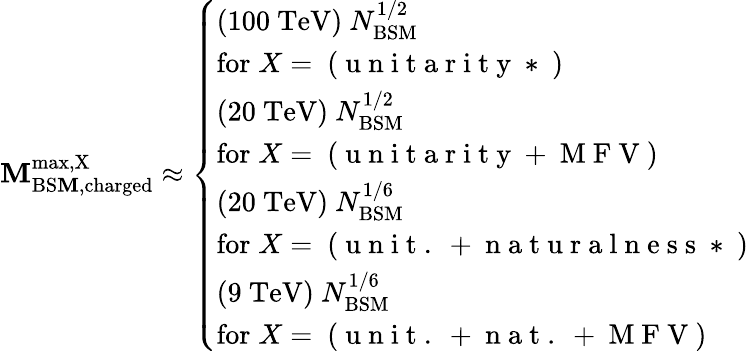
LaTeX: \mathbf{M}_{\mathrm{{BS\mathbf{M},charged}}}^{\mathrm{{max,X}}}\approx\left\{ \begin{array}{l}{(100~{\textrm{TeV}})\ N_{\mathrm{BSM}}^{1/2}}\\ {\mathrm{for\; }X=\mathrm{~(~u~n~i~t~a~r~i~t~y~*~)~}}\\ {(20~{\textrm{TeV}})\ N_{\mathrm{BSM}}^{1/2}}\\ {\mathrm{for\; }X=\mathrm{~(~u~n~i~t~a~r~i~t~y~+~M~F~V~)~}}\\ {(20~{\textrm{TeV}})\ N_{\mathrm{BSM}}^{1/6}}\\ {\mathrm{for\; }X=\mathrm{~(~u~n~i~t~.~+~n~a~t~u~r~a~l~n~e~s~s~*~)~}}\\ {(9~{\textrm{TeV}})\ N_{\mathrm{BSM}}^{1/6}}\\ {\mathrm{for\; }X=\mathrm{~(~u~n~i~t~.~+~n~a~t~.~+~M~F~V~)~}}\end{array}\right.